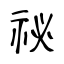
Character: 祕